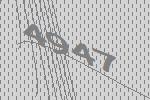
4947